Vaccination report Assam 1874-1896 - 1874-1896
Year: 1874
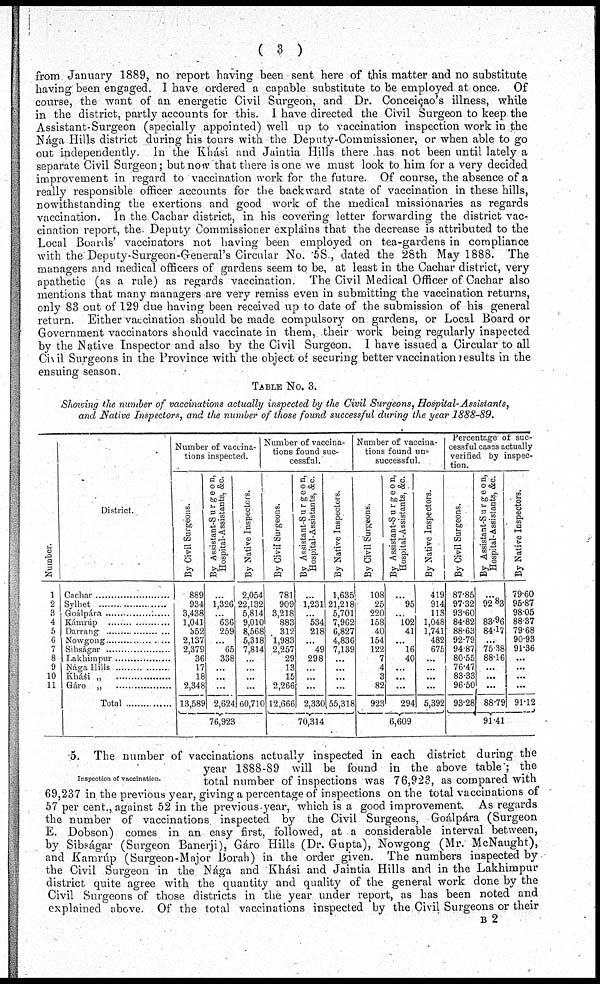
( 3 )
from January 1889, no report having been sent here of this matter and no substitute
having been engaged. I have ordered a capable substitute to be employed at once. Of
course, the want of an energetic Civil Surgeon, and Dr. Conceicao's illness, while
in the district, partly accounts for this. I have directed the Civil Surgeon to keep the
Assistant-Surgeon (specially appointed) well up to vaccination inspection work in the
Nága Hills district during his tours with the Deputy-Commissioner, or when able to go
out independently. In the Khási and Jaintia Hills there has not been until lately a
separate Civil Surgeon; but now that there is one we must look to him for a very decided
improvement in regard to vaccination work for the future. Of course, the absence of a
really responsible officer accounts for the backward state of vaccination in these hills,
nowithstanding the exertions and good work of the medical missionaries as regards
vaccination. In the Cachar district, in his covering letter forwarding the district vac-
cination report, the. Deputy Commissioner explains that the decrease is attributed to the
Local Boards' vaccinators not having been employed on tea-gardens in compliance
with the Deputy-Surgeon-General's Circular No. 58 , dated the 28th May 1888. The
managers and medical officers of gardens seem to be, at least in the Cachar district, very
apathetic (as a rule) as regards vaccination. The Civil Medical Officer of Cachar also
mentions that many managers are very remiss even in submitting the vaccination returns,
only 83 out of 129 due having been received up to date of the submission of his general
return. Either vaccination should be made compulsory on gardens, or Local Board or
Government vaccinators should vaccinate in them, their work being regularly inspected
by the Native Inspector and also by the Civil Surgeon. I have issued a Circular to all
Civil Surgeons in the Province with the object of securing better vaccination results in the
ensuing season.
TABLE No. 3.
Showing the number of vaccinations actually inspected by the Civil Surgeons, Hospital-Assistants,
and Native Inspectors, and the number of those found successful during the year 1888-89.
Number.
1
2
3
4
5
6
7
8
9
10
11
District.
Cachar .....................
Sylhet .....................
Goálpára .....................
Kámrúp ....................
Darrang ....................
Nowgong ...................
Sibságar .....................
Lakhimpur ..................
Nága Hills ..................
Kási„ ..................
Gáro „ ..................
Total
Number of vaccina-
tions inspected.
By Civil Surgeons.
889
934
3,438
1,041
352
2,137
2,379
36
17
18
2,348
13,589
By Assistant-Surgeon,
Hospital-Assistants, &c.
...
1,326
...
636
259
...
65
338
...
...
...
2,624
By Native Inspectors.
2,054
22,132
5,814
9,010
8,568
5,318
7,814
...
...
...
...
60,710
76,923
Number of vaccina-
tions found suc-
cessful.
By Civil Surgeons.
781
909
3,218
883
312
1,983
2,257
29
13
15
2,266
12,666
By Assistant-Surgeon,
Hospital-Assistants, &c.
...
1,231
...
534
218
...
49
298
...
...
...
2,330
By Native Inspectors.
1,635
21,218
5,701
7,962
6,827
4,836
7,139
...
...
...
...
55,318
70,314
Number of vaccina-
tions found un-
successful.
By Civil Surgeons.
108
25
220
158
40
154
122
7
4
3
82
923
By Assistant-Surgeon,
Hospital-Assistants, &c.
...
95
...
102
41
...
16
40
...
...
294
By Native Inspectors.
419
914
113
1,048
1,741
482
675
...
...
...
...
5,392
6,609
Percentage of suc-
cessful cases actually
verified by inspec-
tion.
By Civil Surgeons.
87.85
97.32
93.60
84.82
88.63
92.79
94.87
80.55
76.47
83.33
96.50
93.28
By Assistant-Surgeon,
Hospital-Assistants, &c.
...
92.83
...
83.96
84.17
...
75.38
88.16
...
...
...
88.79
By Native Inspectors.
79.60
95.87
98.05
88.37
79.68
90.93
91.36
...
...
...
...
91.12
91.41
Inspection of vaccination.
5. The number of vaccinations actually inspected in each district during the
year 1888-89 will be found in the above table ; the
total number of inspections was 76,923, as compared with
69,237 in the previous year, giving a percentage of inspections on the total vaccinations of
57 per cent., against 52 in the previous year, which is a good improvement. As regards
the number of vaccinations inspected by the Civil Surgeons, Goálpára (Surgeon
E. Dobson) comes in an easy first, followed, at a considerable interval between,
by Sibságar (Surgeon Banerji), Gáro Hills (Dr. Gupta), Nowgong (Mr. McNaught),
and Kanirúp (Surgeon-Major Borah) in the order given. The numbers inspected by
the Civil Surgeon in the Nága and Khási and Jaintia Hills and in the Lakhimpur
district quite agree with the quantity and quality of the general work done by the
Civil Surgeons of those districts in the year under report, as has been noted and
explained above. Of the total vaccinations inspected by the,Civil Surgeons or their
B 2